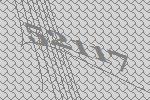
52117